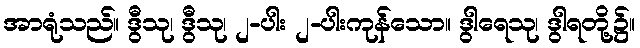
အာရုံသည်။ ဒွီသု၊ ဒွီသု၊ ၂-ပါး ၂-ပါးကုန်သော။ ဒွါရေသု၊ ဒွါရတို့၌။